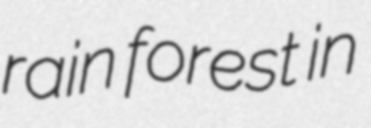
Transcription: rain forest in